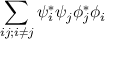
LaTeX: \sum _ { i j ; i \neq j } \psi _ { i } ^ { * } \psi _ { j } \phi _ { j } ^ { * } \phi _ { i }